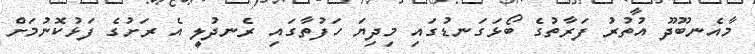
މާއެނބޫދޫ އުތުރު ފަރާތުގެ ބޯޅަގަނޑުގައި މިދިޔަ ހަފުތާގައި ރެނދުލީ އެ ރަށުގެ ފަޅުކޮނުމަށް